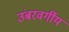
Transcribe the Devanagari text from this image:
उंबरवर्गीय